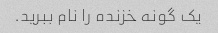
یک گونه خزنده را نام ببرید.